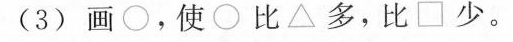
(3)画\circ。使\circ比△多，比□少。